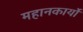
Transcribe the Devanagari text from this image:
महानकार्यो